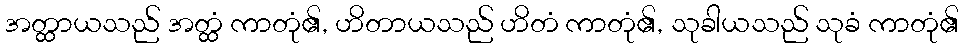
အတ္ထာယသည် အတ္ထံ ကာတုံ၏, ဟိတာယသည် ဟိတံ ကာတုံ၏, သုခါယသည် သုခံ ကာတုံ၏